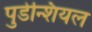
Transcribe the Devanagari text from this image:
पुडेन्शियल